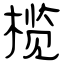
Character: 榄